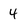
Character: 4